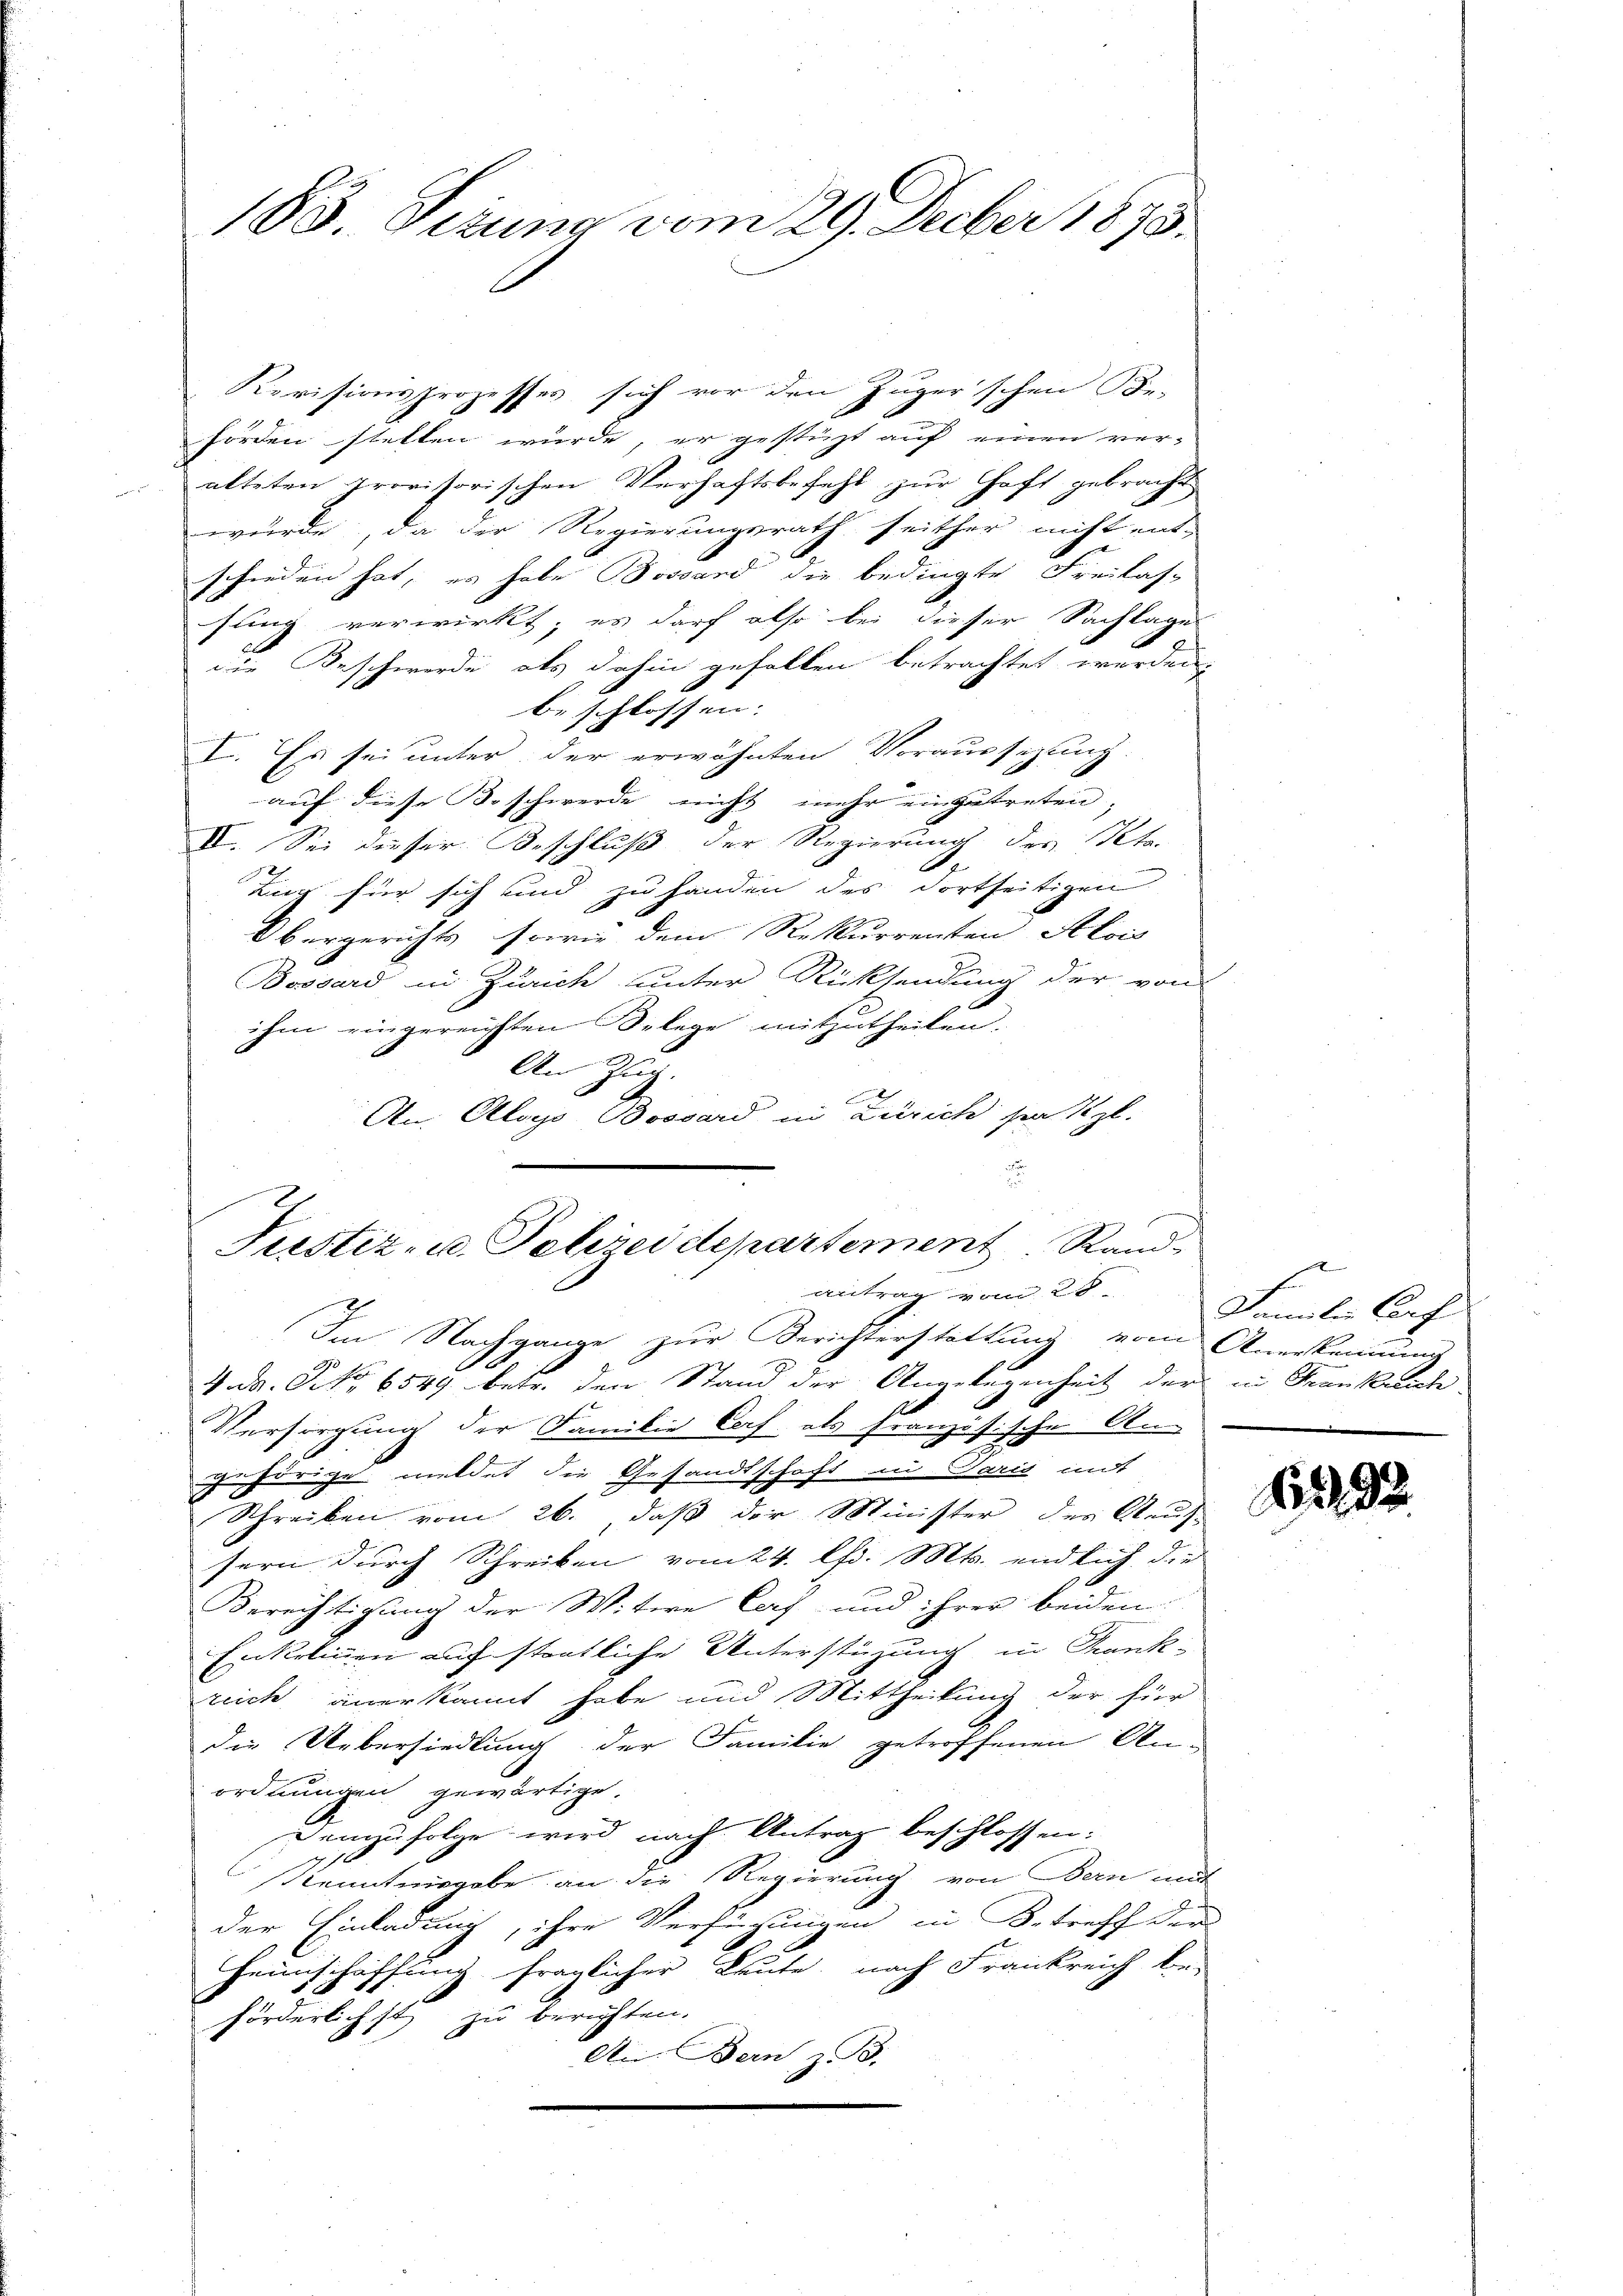
183. Sizung vom 29. Decber 1873.

Revisionsprozesses sich vor den Zuger’schen Be-
förden stetten würde, er gestüzt auf einen ver-
alteten provisorischen Verhaftsbefehl zur Haft gebracht
wurde, da der Regierungsrath seither nicht ent-
schieden hat; es habe Bossard die bedingte Freilas-
e
sung verwirkt; es darf also bei dieser Sachlage
die Beschwerde als dahin gefallen betrachtet werden.
beschlossen. |
I. Es sei unter der erwähnten Voraussezung.
auf diese Soschwerde nicht mehr einzutreten,
IV. Sei dieser Beschluß der Regierung des Peta-
b
Bur für sich und zu handen des dortseitigen
Obergerichts, sowie dem Rekurrenten Alois
Bossard in Zürich unter Rücksendung der von
ihm eingereichten Selege mitzutheilen.
An Zug.
An Aloys Bossard in Zürich setzl.

u
Justiz- u. Polizeidepartement Rand-
antrag vom 28.
Im Nachgange zur Berichterstattung vom Anerkennung

4. Dr. P. Nr. 6549 betr. den Stand der Angelegenheit der in Frankuche
Versorgung der Familie Corf als französische An-
gehörige meldet die Gesandtschaft in Paris mit
Schreiben vom 26., daß der Minister der Kauf-
sern durch Schreiben vom 24. lfd. Mts. endlich die
Berechtigung der Witwe Corf- und ihrer beiden
Enkelinnen auf störtliche Unterstüzung in Frankreich anerkannt habe und Mittheilung der hier
die Uebersiedlung der Familie getroffenen Anordnungen gewärtige.
Demzufolge wird nach Antrag beschlossen:
sienntnisgabe an die Regierung von Bern mit
der Einladung, ihre Verfügungen in Betreff der
Heimschaffung fraglicher Leute, nach Frankreich be-
förderlichst zu berichten.
An. Bern, z. B.

f
Familie Cart

12

.